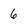
Character: 6